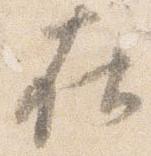
在